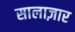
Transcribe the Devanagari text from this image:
सालाज़ार